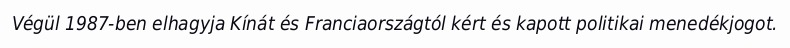
Végül 1987-ben elhagyja Kínát és Franciaországtól kért és kapott politikai menedékjogot.